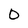
Character: 0